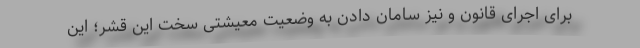
براى اجراى قانون و نيز سامان دادن به وضعيت معيشتى سخت اين قشر؛ اين